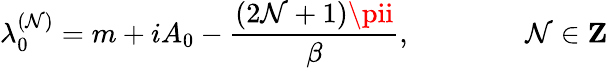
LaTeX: \lambda_{0}^{(\mathcal{N})}=m+iA_{0}-\frac{{(2\mathcal{N}+1)\pii}}{{\beta}},\qquad\qquad\mathcal{N}\in{\mathbf{Z}}